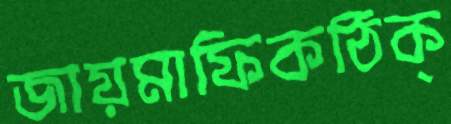
জায়মাফিকঠিক্